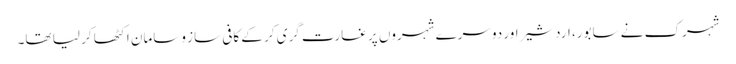
شہرک نے سابور، اردشیراور دوسرے شہروں پر غارت گری کر کے کافی ساز وسامان اکٹھا کر لیا تھا۔